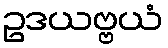
ဥဒယဗ္ဗယံ